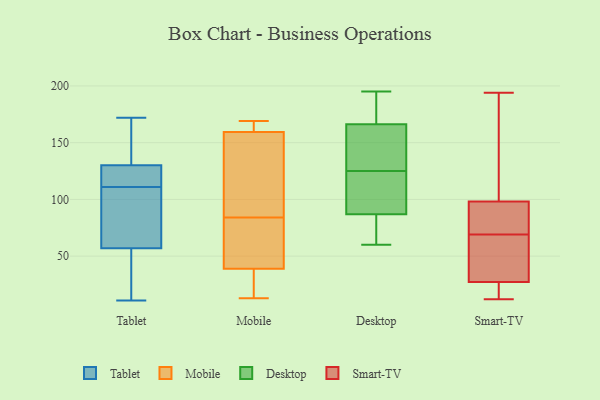
{"axis": {"x": "Waste Production (Tons)", "y": "Value"}, "legend": ["Desktop", "Mobile", "Smart-TV", "Tablet"], "data": [{"x": "", "y": 130, "type": "Tablet"}, {"x": "", "y": 11, "type": "Tablet"}, {"x": "", "y": 69, "type": "Tablet"}, {"x": "", "y": 169, "type": "Tablet"}, {"x": "", "y": 172, "type": "Tablet"}, {"x": "", "y": 168, "type": "Tablet"}, {"x": "", "y": 64, "type": "Tablet"}, {"x": "", "y": 158, "type": "Tablet"}, {"x": "", "y": 119, "type": "Tablet"}, {"x": "", "y": 57, "type": "Tablet"}, {"x": "", "y": 34, "type": "Tablet"}, {"x": "", "y": 127, "type": "Tablet"}, {"x": "", "y": 22, "type": "Tablet"}, {"x": "", "y": 127, "type": "Tablet"}, {"x": "", "y": 19, "type": "Tablet"}, {"x": "", "y": 103, "type": "Tablet"}, {"x": "", "y": 120, "type": "Tablet"}, {"x": "", "y": 84, "type": "Tablet"}, {"x": "", "y": 42, "type": "Mobile"}, {"x": "", "y": 78, "type": "Mobile"}, {"x": "", "y": 160, "type": "Mobile"}, {"x": "", "y": 146, "type": "Mobile"}, {"x": "", "y": 90, "type": "Mobile"}, {"x": "", "y": 13, "type": "Mobile"}, {"x": "", "y": 169, "type": "Mobile"}, {"x": "", "y": 165, "type": "Mobile"}, {"x": "", "y": 50, "type": "Mobile"}, {"x": "", "y": 113, "type": "Mobile"}, {"x": "", "y": 164, "type": "Mobile"}, {"x": "", "y": 161, "type": "Mobile"}, {"x": "", "y": 33, "type": "Mobile"}, {"x": "", "y": 23, "type": "Mobile"}, {"x": "", "y": 159, "type": "Mobile"}, {"x": "", "y": 36, "type": "Mobile"}, {"x": "", "y": 15, "type": "Mobile"}, {"x": "", "y": 64, "type": "Mobile"}, {"x": "", "y": 63, "type": "Mobile"}, {"x": "", "y": 124, "type": "Mobile"}, {"x": "", "y": 111, "type": "Desktop"}, {"x": "", "y": 70, "type": "Desktop"}, {"x": "", "y": 125, "type": "Desktop"}, {"x": "", "y": 117, "type": "Desktop"}, {"x": "", "y": 195, "type": "Desktop"}, {"x": "", "y": 162, "type": "Desktop"}, {"x": "", "y": 89, "type": "Desktop"}, {"x": "", "y": 60, "type": "Desktop"}, {"x": "", "y": 130, "type": "Desktop"}, {"x": "", "y": 164, "type": "Desktop"}, {"x": "", "y": 81, "type": "Desktop"}, {"x": "", "y": 184, "type": "Desktop"}, {"x": "", "y": 173, "type": "Desktop"}, {"x": "", "y": 158, "type": "Smart-TV"}, {"x": "", "y": 84, "type": "Smart-TV"}, {"x": "", "y": 69, "type": "Smart-TV"}, {"x": "", "y": 12, "type": "Smart-TV"}, {"x": "", "y": 194, "type": "Smart-TV"}, {"x": "", "y": 46, "type": "Smart-TV"}, {"x": "", "y": 20, "type": "Smart-TV"}, {"x": "", "y": 93, "type": "Smart-TV"}, {"x": "", "y": 52, "type": "Smart-TV"}, {"x": "", "y": 100, "type": "Smart-TV"}, {"x": "", "y": 21, "type": "Smart-TV"}]}